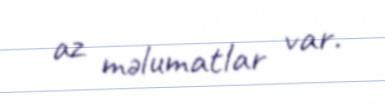
az məlumatlar var.